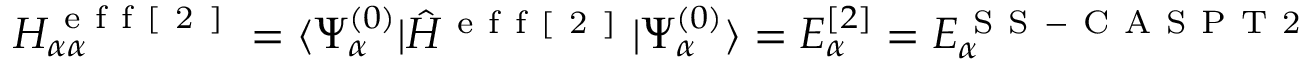
H _ { \alpha \alpha } ^ { \mathrm { ~ e ~ f ~ f ~ [ ~ 2 ~ ] ~ } } = \langle \Psi _ { \alpha } ^ { ( 0 ) } | \hat { H } ^ { \mathrm { ~ e ~ f ~ f ~ [ ~ 2 ~ ] ~ } } | \Psi _ { \alpha } ^ { ( 0 ) } \rangle = E _ { \alpha } ^ { [ 2 ] } = E _ { \alpha } ^ { \mathrm { ~ S ~ S ~ - ~ C ~ A ~ S ~ P ~ T ~ 2 ~ } }